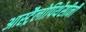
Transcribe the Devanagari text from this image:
आस्ट्रैलोपिथेसीनी